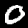
Label: 0